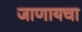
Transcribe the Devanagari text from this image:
जाणायचा